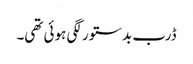
ڈرب بدستور لگی ہوئی تھی۔